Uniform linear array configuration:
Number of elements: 24
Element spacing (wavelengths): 1
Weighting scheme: hamming
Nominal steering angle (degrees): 45
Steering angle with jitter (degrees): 46.249
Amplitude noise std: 0.05
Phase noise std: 0.05

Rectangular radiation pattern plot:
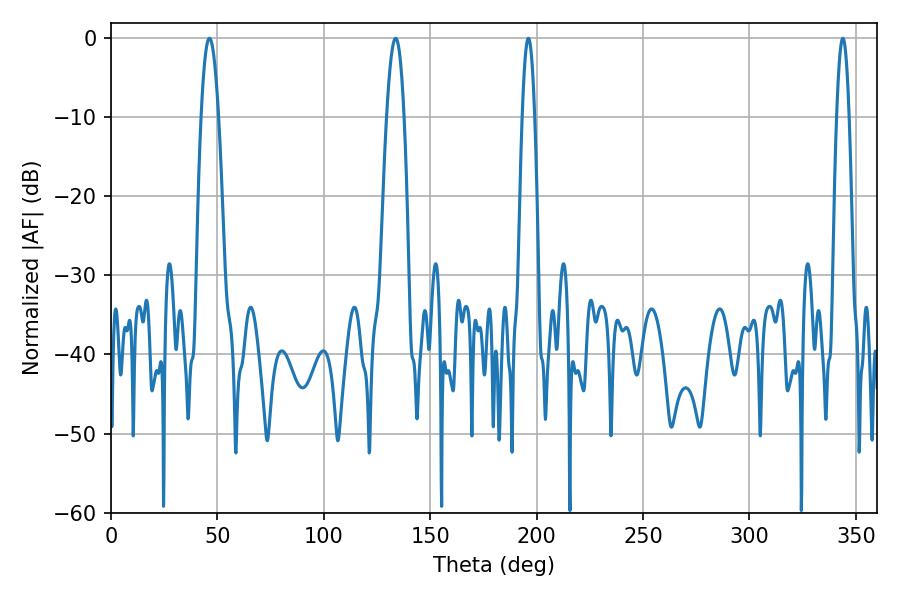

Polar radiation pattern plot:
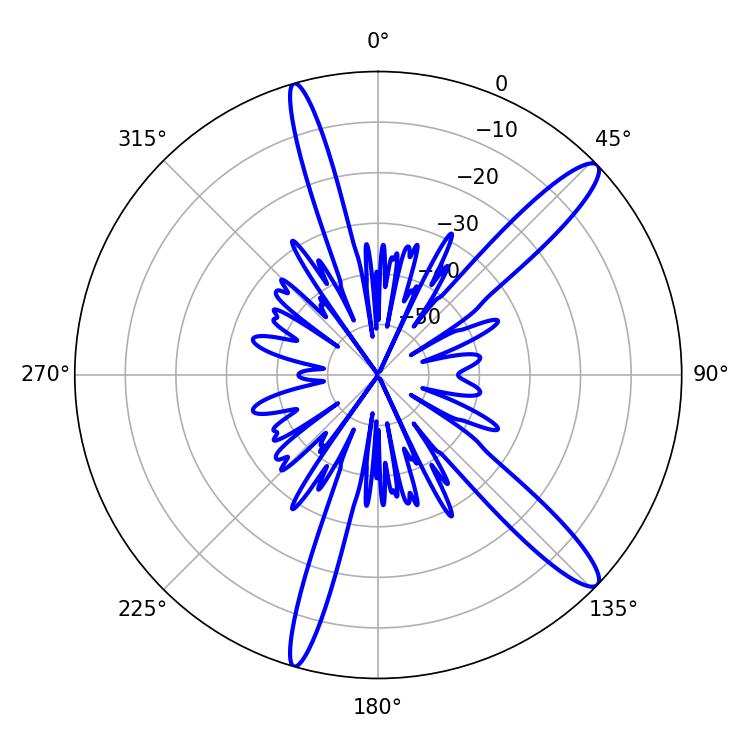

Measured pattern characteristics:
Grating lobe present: TRUE
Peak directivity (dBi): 13.504
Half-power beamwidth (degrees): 4.5
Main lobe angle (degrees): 46.26